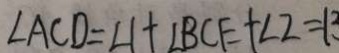
\angle A C D = \angle 1 + \angle B C E + \angle 2 = 1 3